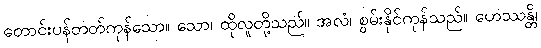
တောင်းပန်တတ်ကုန်သော။ သော၊ ထိုလူတို့သည်။ အလံ၊ စွမ်းနိုင်ကုန်သည်။ ဟေဿန္တိ၊